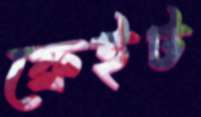
ফ্রেইট